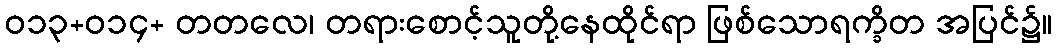
ဝ၁၃+ဝ၁၄+ တတလေ၊ တရားစောင့်သူတို့နေထိုင်ရာ ဖြစ်သောရက္ခိတ အပြင်၌။